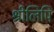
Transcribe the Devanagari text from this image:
श्रीलिपि